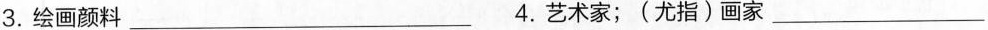
3.绘画颜料_ 4.艺术家；(尤指)画家_